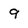
Character: 9